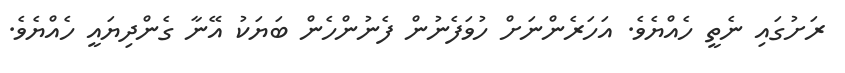
ރަށުގައި ނެތީ ހެއްޔެވެ. އަހަރެންނަށް ހުވަފެނުން ފެނުންހެން ބަޔަކު އޭނާ ގެންދިޔައީ ހެއްޔެވެ.